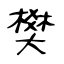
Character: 樊